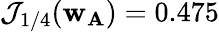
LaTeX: \mathcal{J}_{1/4}(\mathbf{w}_{\textbf{A}})=0.475